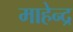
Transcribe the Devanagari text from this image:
माहेन्द्र